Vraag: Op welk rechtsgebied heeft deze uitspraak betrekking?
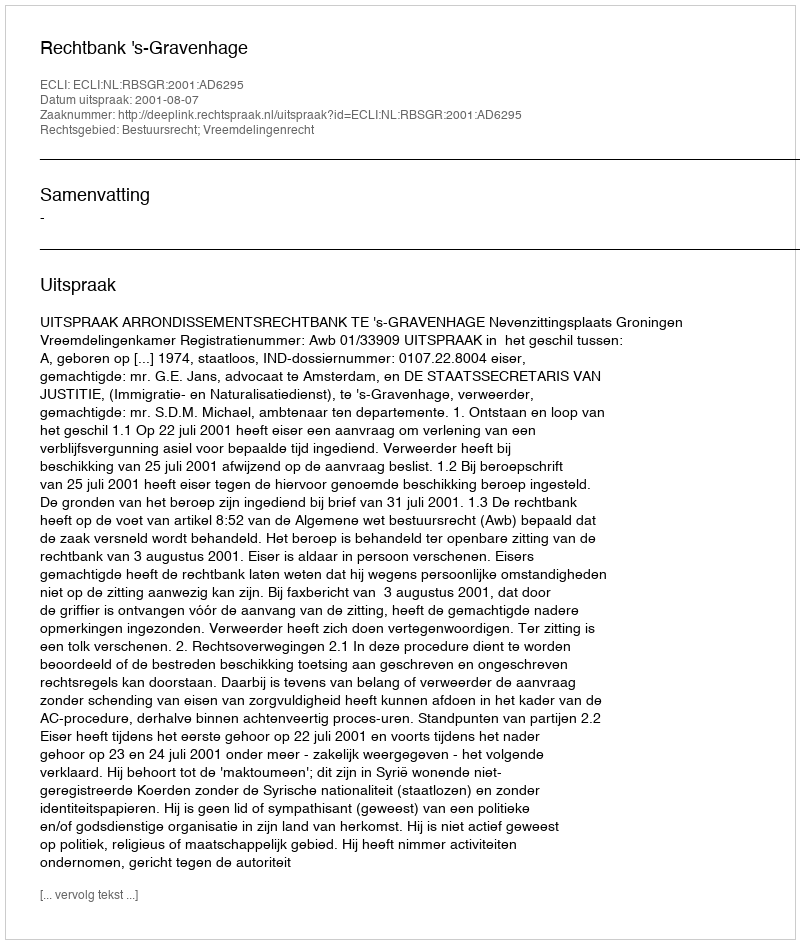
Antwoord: Bestuursrecht; Vreemdelingenrecht